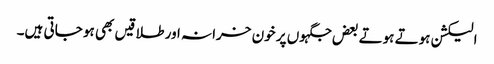
الیکشن ہوتے ہوتے بعض جگہوں پر خون خرانہ اور طلاقیں بھی ہو جاتی ہیں۔